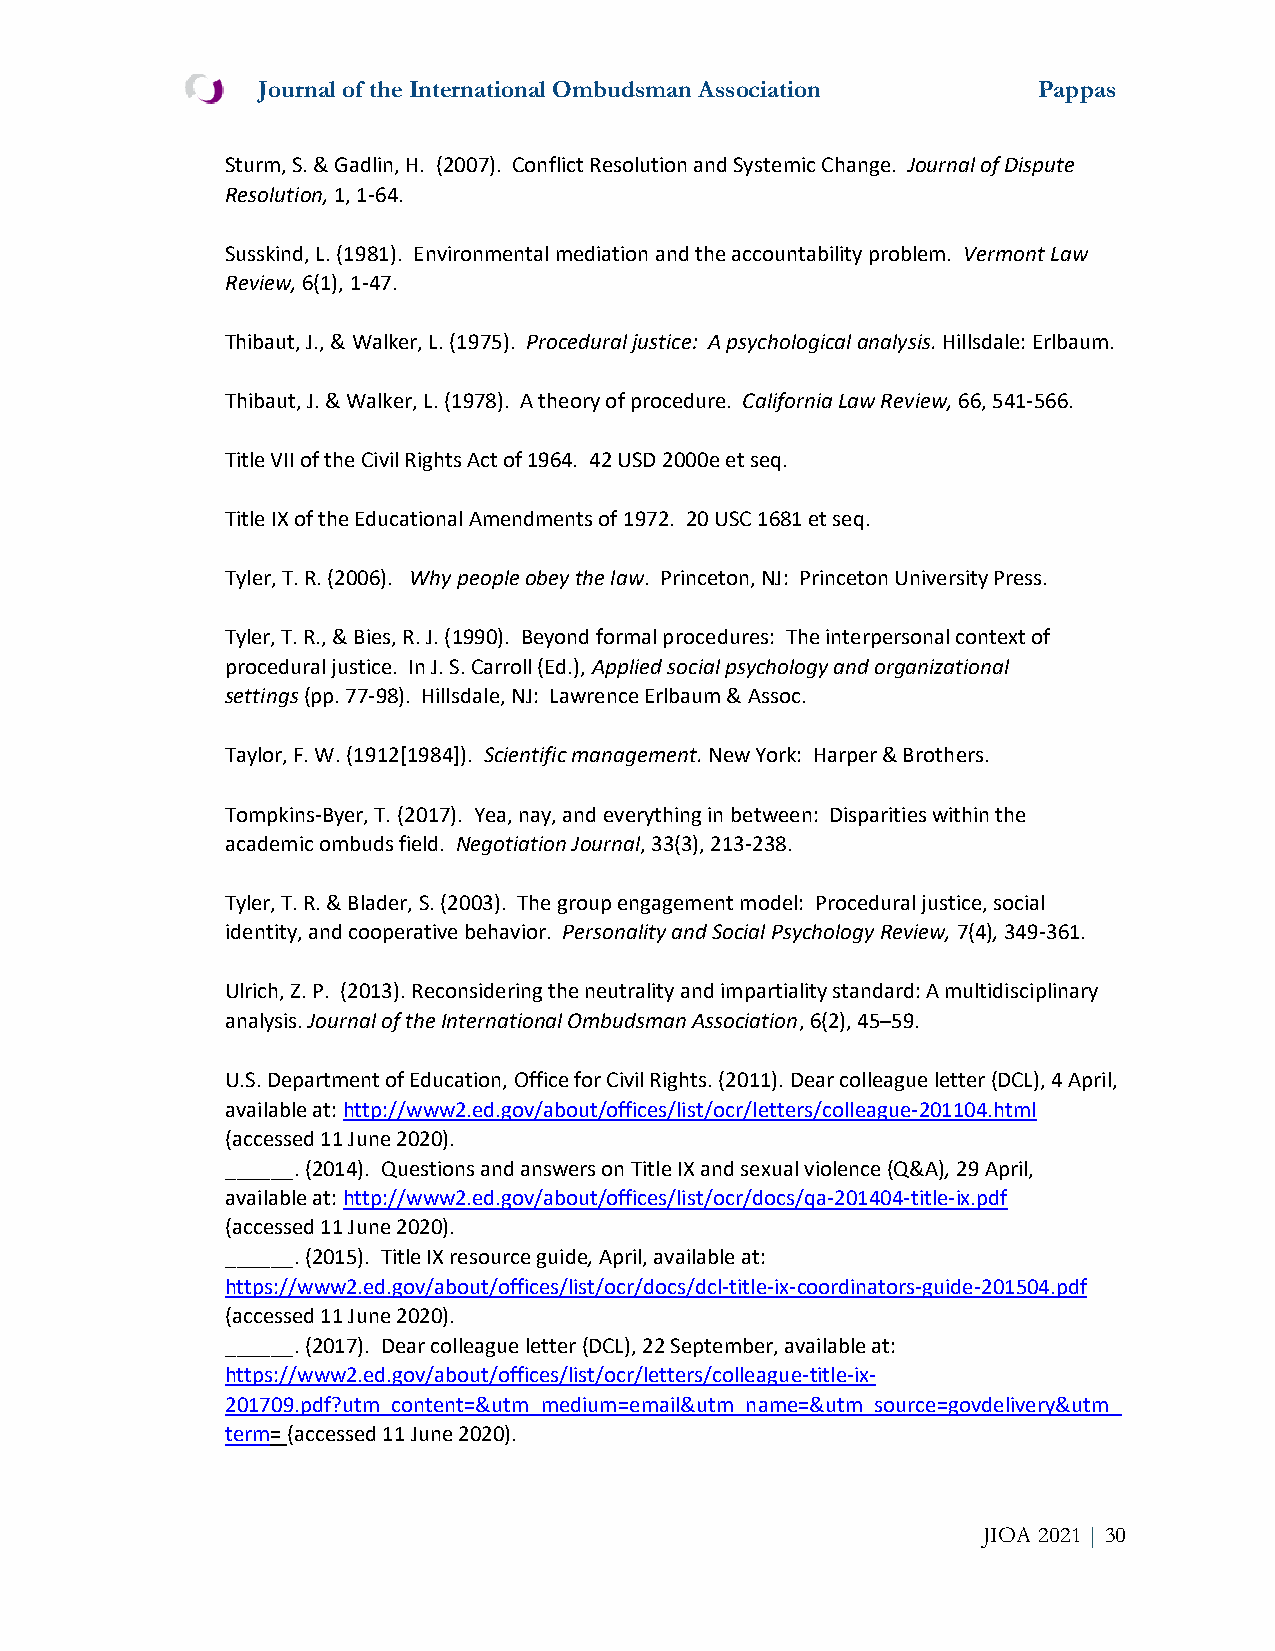
Journal of the International Ombudsman Association  Pappas
 Sturm, S. & Gadlin, H. (2007). Conflict Resolution and Systemic Change. Journal of Dispute
 Resolution, 1, 1-64.
 Susskind, L. (1981). Environmental mediation and the accountability problem. Vermont Law
 Review, 6(1), 1-47.
 Thibaut, J., & Walker, L. (1975). Procedural justice: A psychological analysis. Hillsdale: Erlbaum.
 Thibaut, J. & Walker, L. (1978). A theory of procedure. California Law Review, 66, 541-566.
 Title VII of the Civil Rights Act of 1964. 42 USD 2000e et seq.
 Title IX of the Educational Amendments of 1972. 20 USC 1681 et seq.
 Tyler, T. R. (2006). Why people obey the law. Princeton, NJ: Princeton University Press.
 Tyler, T. R., & Bies, R. J. (1990). Beyond formal procedures: The interpersonal context of
 procedural justice. In J. S. Carroll (Ed.), Applied social psychology and organizational
 settings (pp. 77-98). Hillsdale, NJ: Lawrence Erlbaum & Assoc.
 Taylor, F. W. (1912[1984]). Scientific management. New York: Harper & Brothers.
 Tompkins-Byer, T. (2017). Yea, nay, and everything in between: Disparities within the
 academic ombuds field. Negotiation Journal, 33(3), 213-238.
 Tyler, T. R. & Blader, S. (2003). The group engagement model: Procedural justice, social
 identity, and cooperative behavior. Personality and Social Psychology Review, 7(4), 349-361.
 Ulrich, Z. P. (2013). Reconsidering the neutrality and impartiality standard: A multidisciplinary
 analysis. Journal of the International Ombudsman Association, 6(2), 45–59.
 U.S. Department of Education, Office for Civil Rights. (2011). Dear colleague letter (DCL), 4 April,
 available at: http://www2.ed.gov/about/offices/list/ocr/letters/colleague-201104.html
 (accessed 11 June 2020).
 ______. (2014). Questions and answers on Title IX and sexual violence (Q&A), 29 April,
 available at: http://www2.ed.gov/about/offices/list/ocr/docs/qa-201404-title-ix.pdf
 (accessed 11 June 2020).
 ______. (2015). Title IX resource guide, April, available at:
 https://www2.ed.gov/about/offices/list/ocr/docs/dcl-title-ix-coordinators-guide-201504.pdf
 (accessed 11 June 2020).
 ______. (2017). Dear colleague letter (DCL), 22 September, available at:
 https://www2.ed.gov/about/offices/list/ocr/letters/colleague-title-ix-
 201709.pdf?utm_content=&utm_medium=email&utm_name=&utm_source=govdelivery&utm_
 term= (accessed 11 June 2020).
 JIOA 2021 | 30